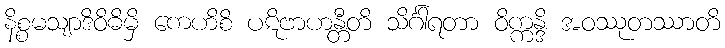
နိစ္စမသျာဒိဝိဓိမှိ ကေဟိစိ ပဋိဗာဟန္တီတိ သိင်္ဂါရတာ ဝိက္ကန္ဒိ အဝဿုတဿာတိ